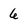
Character: 6